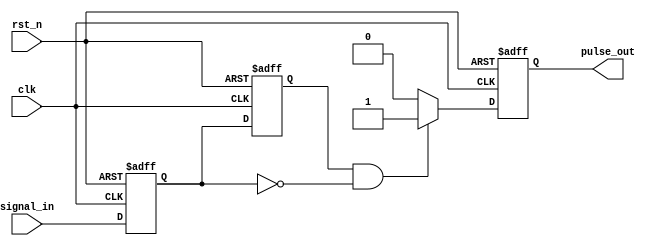
module negative_edge_detector (
    input wire clk,             // Clock input
    input wire rst_n,           // Active low reset
    input wire signal_in,       // Input signal to detect negative edge
    output reg pulse_out        // Output pulse indicating negative edge
);

    // Registers to hold the current and previous states of the input signal
    reg signal_in_reg;          // Current state of the input signal
    reg signal_in_prev_reg;     // Previous state of the input signal

    // Always block to sample the input signal on the positive edge of the clock
    always @(posedge clk or negedge rst_n) begin
        if (!rst_n) begin
            // Reset the registers
            signal_in_reg <= 1'b0;
            signal_in_prev_reg <= 1'b0;
            pulse_out <= 1'b0;
        end else begin
            // Capture the current state
            signal_in_prev_reg <= signal_in_reg; // Store previous state
            signal_in_reg <= signal_in;           // Update current state

            // Edge detection logic
            if (signal_in_prev_reg == 1'b1 && signal_in_reg == 1'b0) begin
                pulse_out <= 1'b1; // Generate pulse on negative edge
            end else begin
                pulse_out <= 1'b0; // Clear pulse otherwise
            end
        end
    end

endmodule